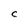
Character: c